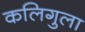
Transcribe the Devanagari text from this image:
कलिगुला